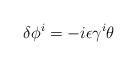
LaTeX: \begin{align*}\delta \phi^i = - i \epsilon \gamma^i \theta \end{align*}